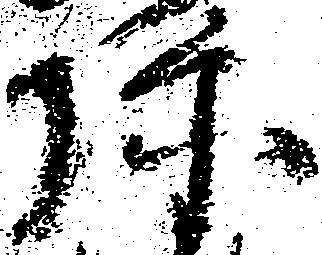
弥